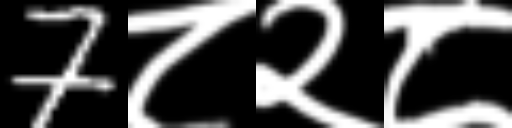
Text: 7८२८